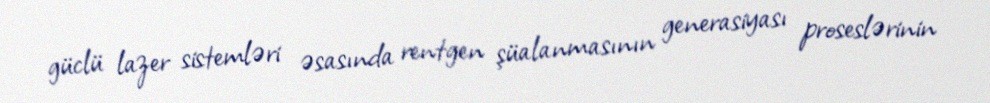
güclü lazer sistemləri əsasında rentgen şüalanmasının generasiyası proseslərinin